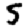
Digit: 5